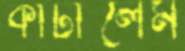
কাটালেম